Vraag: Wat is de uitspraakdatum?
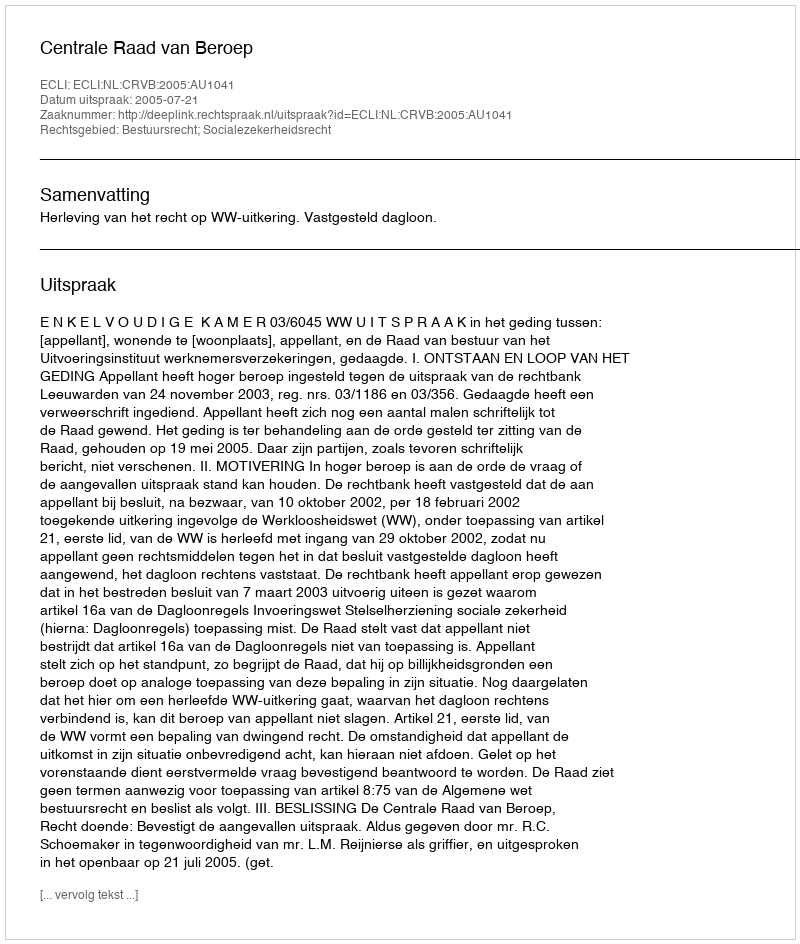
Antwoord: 2005-07-21